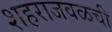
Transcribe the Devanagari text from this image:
शहराजवळची